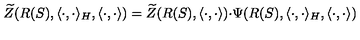
\widetilde { Z } ( R ( S ) , \langle \cdot , \cdot \rangle _ { H } , \langle \cdot , \cdot \rangle ) = \widetilde { Z } ( R ( S ) , \langle \cdot , \cdot \rangle ) { \cdot } \Psi ( R ( S ) , \langle \cdot , \cdot \rangle _ { H } , \langle \cdot , \cdot \rangle )